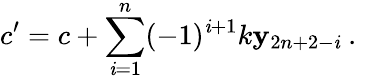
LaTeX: c^{\prime}=c+\sum_{\mathit{i}=1}^{n}(-1)^{\mathit{i}+1}k\mathbf{y}_{2n+2-\mathit{i}}~.~\,